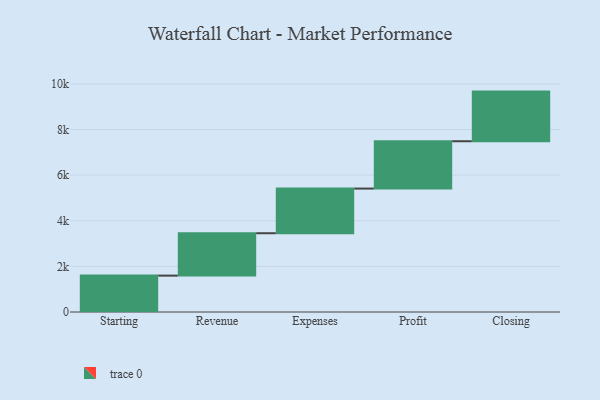
{"axis": {"x": "Step", "y": "Value"}, "legend": [""], "data": [{"x": "Starting", "y": 1595.0, "type": ""}, {"x": "Revenue", "y": 1858.0, "type": ""}, {"x": "Expenses", "y": 1958.0, "type": ""}, {"x": "Profit", "y": 2075.0, "type": ""}, {"x": "Closing", "y": 2176.0, "type": ""}]}